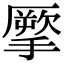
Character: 𢴺